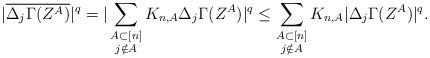
LaTeX: \begin{align*}|\overline{\Delta_j \Gamma(Z^A)}|^q = | \sum_{\substack{A \subset [n]\\ j \notin A }} K_{n,A} \Delta_j \Gamma(Z^A) |^q \leq \sum_{\substack{A \subset [n]\\ j \notin A }} K_{n,A} |\Delta_j \Gamma(Z^A)|^q .\end{align*}